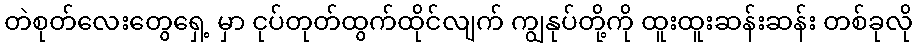
တဲစုတ်လေးတွေရှေ့ မှာ ငုပ်တုတ်ထွက်ထိုင်လျက် ကျွနုပ်တို့ကို ထူးထူးဆန်းဆန်း တစ်ခုလို